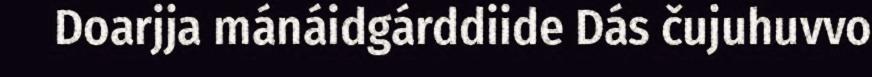
Doarjja mánáidgárddiide Dás čujuhuvvo